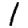
Digit: 1